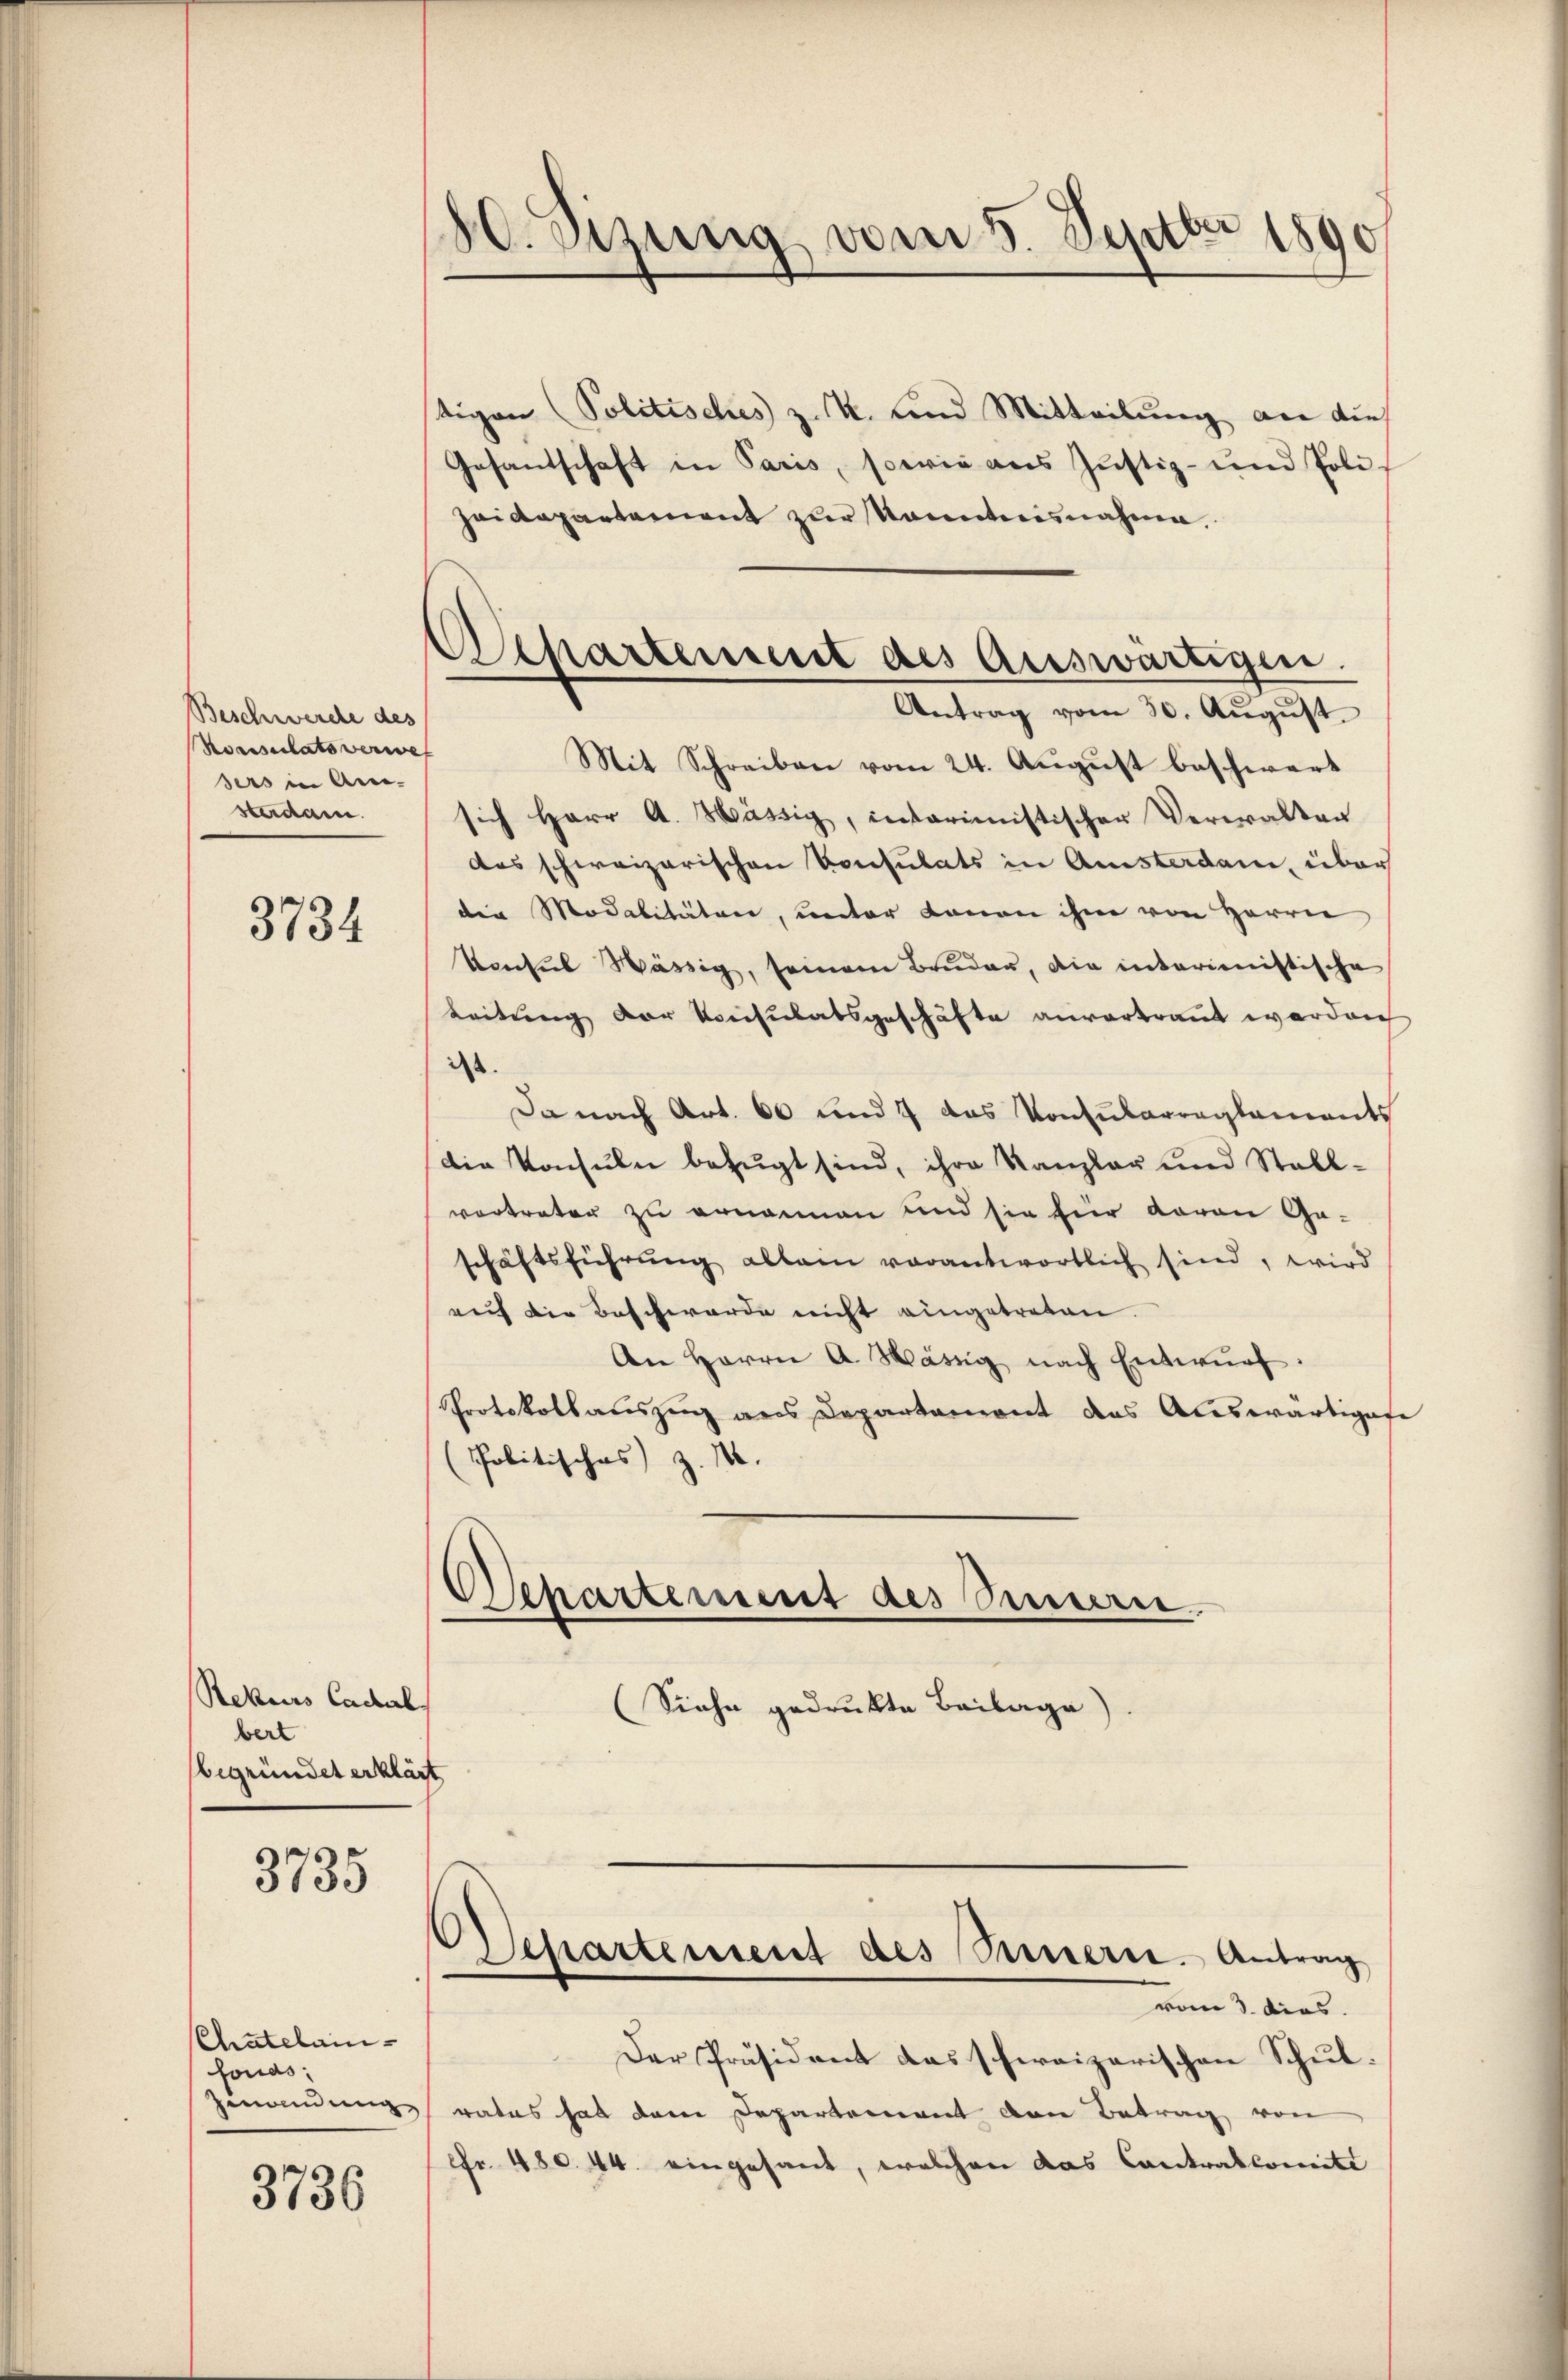
Beschwerche des
Norisulats verwes
sers in An-
sterdam.

3734

Rekurs Cadal
bert
begründet erklärt.

3735

Chatelanfonds;
Zuandung

3736

80. Sizung vom 5. Septbr 1890

Departement des Auswärtigen.
Antrag vom 30. August.

Departement des Semen.

.

tigen Politisches z. K. und Mitteilung an dies
Gesandschaft in Paris, sowie aus Justiz- und Poli¬
Heidepartement zur Kenntnisnahme
Mit Schreiben vom 24. Aŭgŭst beschwert
sich Herr A. Hässig, interimistischer Verwalten
das schweizerischen Consulats in Ansterdam, über
die Modalitäten, unter Lanon ihm von Herrn
Konsul Wässig, seinem Bruder, die interimistische
Leitung der Konsulatsgeschäfte anvertraut werden
ist.
Da nach Art. 60 und 7 das Konsularreglements
Die Konsuln befugt sind, ihre Kanzlau und Stall-
vortreter zu ernannen und sie für davon Ga-
schäftsführung allein verantwortlich sind, wird
auf die Beschwerde nicht eingetreten.
An Herrn A. Mässig nach Entwŭrf:
Protokollauszug aus Departement das Auswärtigese
Politisches z. M.

(Siehe gedrukte Beilage).

Separtement des Pessserte Antrag

vom 3. dies
Der Präsident das schweizerischen Schulrates hat dem Departement den Betrag von
Fr. 480. 44. eingesant, welchen das Contralcomitt